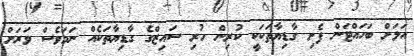
އަލަށް ބަހައްޓަން ފެށި ގާޑިޔާތަކަކީ ކުރިން ހުރި ސައިޒްގެ ގާޑިޔާތަކެއް ނަމަވެސް ވަރަށް